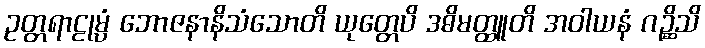
ဥတ္တရာဠုမ္ပံ ဘောဇနာနိသံသောတိ ယုတ္တေပိ ဒဓိမတ္ထူတိ အဝါယနံ ဂဉ္ဆိသိ